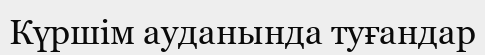
Күршім ауданында туғандар